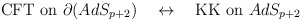
\begin{align*}\mbox{CFT on $\partial (AdS_{p+2})$} \quad \leftrightarrow \quad\mbox{KK on $AdS_{p+2}$}\end{align*}